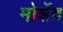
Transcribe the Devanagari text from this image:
मोर्शेद